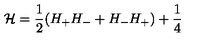
{ \cal H } = \frac { 1 } { 2 } ( H _ { + } H _ { - } + H _ { - } H _ { + } ) + \frac { 1 } { 4 }